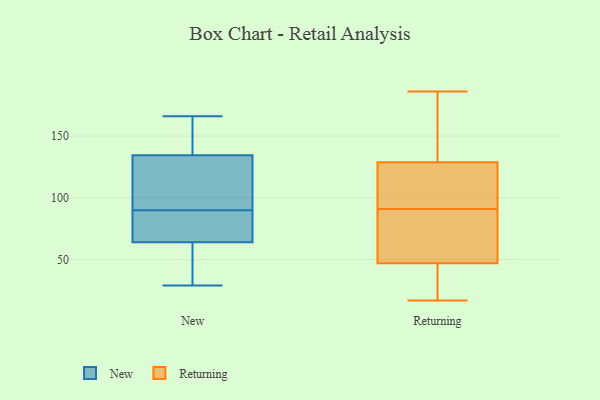
{"axis": {"x": "Latency (ms)", "y": "Value"}, "legend": ["New", "Returning"], "data": [{"x": "", "y": 69, "type": "New"}, {"x": "", "y": 49, "type": "New"}, {"x": "", "y": 166, "type": "New"}, {"x": "", "y": 139, "type": "New"}, {"x": "", "y": 36, "type": "New"}, {"x": "", "y": 89, "type": "New"}, {"x": "", "y": 143, "type": "New"}, {"x": "", "y": 90, "type": "New"}, {"x": "", "y": 107, "type": "New"}, {"x": "", "y": 133, "type": "New"}, {"x": "", "y": 29, "type": "New"}, {"x": "", "y": 90, "type": "New"}, {"x": "", "y": 107, "type": "New"}, {"x": "", "y": 28, "type": "Returning"}, {"x": "", "y": 168, "type": "Returning"}, {"x": "", "y": 47, "type": "Returning"}, {"x": "", "y": 186, "type": "Returning"}, {"x": "", "y": 59, "type": "Returning"}, {"x": "", "y": 128, "type": "Returning"}, {"x": "", "y": 47, "type": "Returning"}, {"x": "", "y": 119, "type": "Returning"}, {"x": "", "y": 48, "type": "Returning"}, {"x": "", "y": 17, "type": "Returning"}, {"x": "", "y": 78, "type": "Returning"}, {"x": "", "y": 104, "type": "Returning"}, {"x": "", "y": 131, "type": "Returning"}, {"x": "", "y": 91, "type": "Returning"}, {"x": "", "y": 148, "type": "Returning"}, {"x": "", "y": 18, "type": "Returning"}, {"x": "", "y": 96, "type": "Returning"}]}